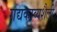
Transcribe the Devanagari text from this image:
गद्यकाव्यशैली